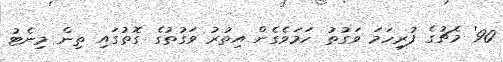
90' މެޗުގެ ފުރިހަމަ ވަގުތު ހަމަވެގެން އިތުރު ވަގުތުގެ ގޮތުގައި ތިން މިނެޓު